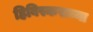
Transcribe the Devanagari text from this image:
हिबिस्कसच्या